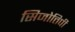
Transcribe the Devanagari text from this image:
सिजोत्तिपी